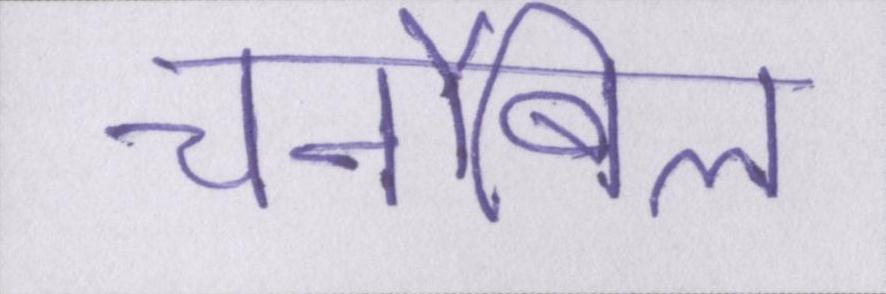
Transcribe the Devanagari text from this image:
चर्नोबिल